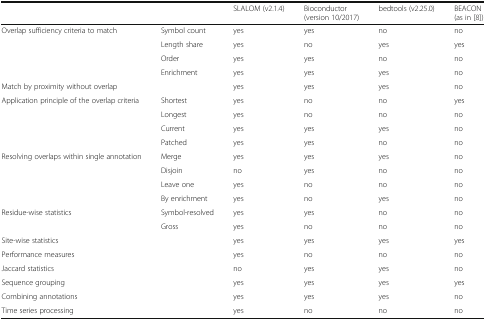
|  |  | SLALOM (v2.1.4) | Bioconductor (version 10/2017) | bedtools (v2.25.0) | BEACON (as in [8]) |
 | --- | --- | --- | --- | --- | --- |
 | <ROWSPAN=4> Overlap sufficiency criteria to match | Symbol count | yes | yes | no | no |
 | Length share | yes | no | yes | yes |
 | Order | yes | yes | no | no |
 | Enrichment | yes | yes | yes | no |
 | <COLSPAN=2> Match by proximity without overlap | yes | yes | yes | no |
 | <ROWSPAN=4> Application principle of the overlap criteria | Shortest | yes | no | no | yes |
 | Longest | yes | no | no | no |
 | Current | yes | yes | yes | no |
 | Patched | yes | yes | no | no |
 | <ROWSPAN=4> Resolving overlaps within single annotation | Merge | yes | yes | yes | no |
 | Disjoin | no | yes | no | no |
 | Leave one | yes | no | no | no |
 | By enrichment | yes | no | yes | no |
 | <ROWSPAN=2> Residue-wise statistics | Symbol-resolved | yes | yes | no | no |
 | Gross | yes | no | no | no |
 | <COLSPAN=2> Site-wise statistics | yes | yes | yes | yes |
 | <COLSPAN=2> Performance measures | yes | no | no | no |
 | <COLSPAN=2> Jaccard statistics | no | yes | yes | no |
 | <COLSPAN=2> Sequence grouping | yes | yes | yes | yes |
 | <COLSPAN=2> Combining annotations | yes | yes | yes | no |
 | <COLSPAN=2> Time series processing | yes | no | no | no |